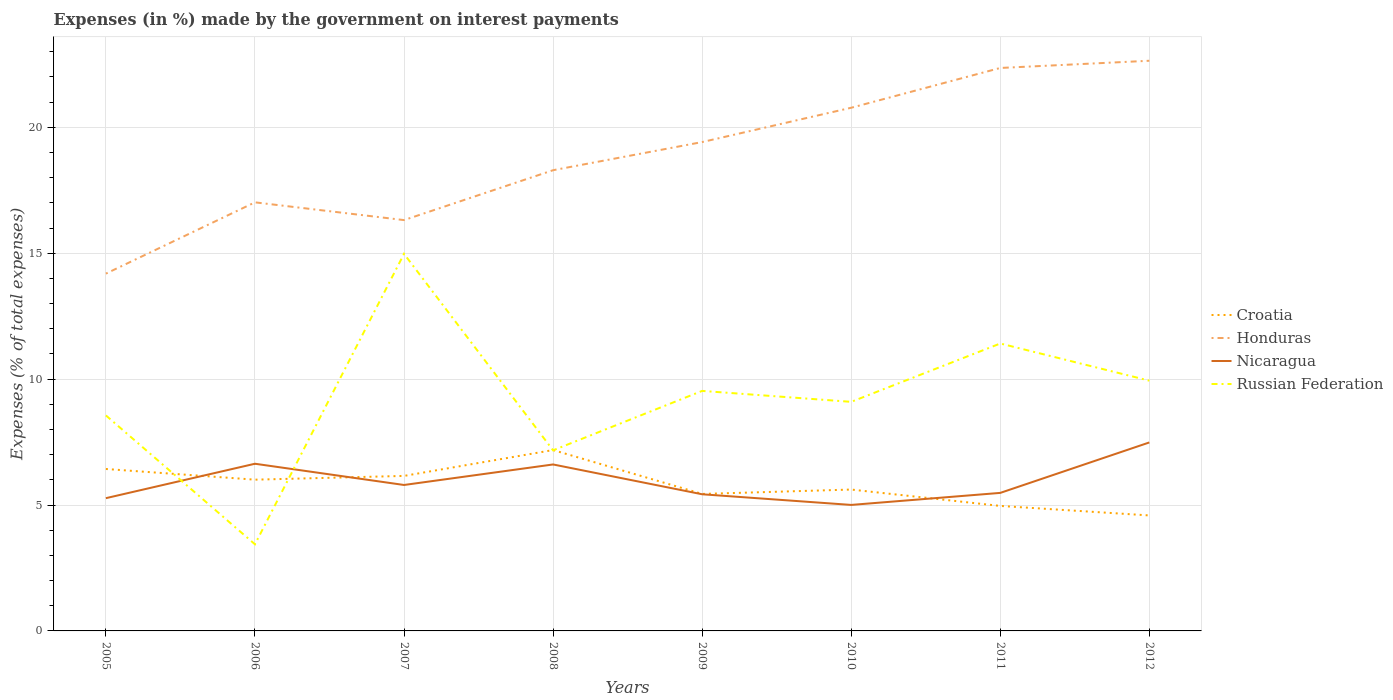
| Years | Croatia | Honduras | Nicaragua | Russian Federation |
 | --- | --- | --- | --- | --- |
 | 2005 | 6.43 | 14.2 | 5.27 | 8.56 |
 | 2006 | 6.01 | 17 | 6.64 | 3.44 |
 | 2007 | 6.16 | 16.3 | 5.8 | 15 |
 | 2008 | 7.18 | 18.3 | 6.61 | 7.17 |
 | 2009 | 5.44 | 19.4 | 5.43 | 9.53 |
 | 2010 | 5.61 | 20.8 | 5 | 9.1 |
 | 2011 | 4.96 | 22.4 | 5.48 | 11.4 |
 | 2012 | 4.59 | 22.6 | 7.49 | 9.94 |